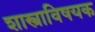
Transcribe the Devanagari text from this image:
शास्त्राविषयक